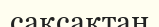
сақсақтан